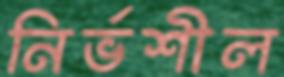
নির্ভশীল